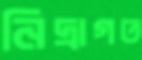
নিদ্রাগত